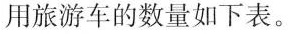
用旅游车的数量如下表。